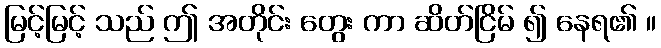
မြင့်မြင့် သည် ဤ အတိုင်း တွေး ကာ ဆိတ်ငြိမ် ၍ နေရ၏ ။